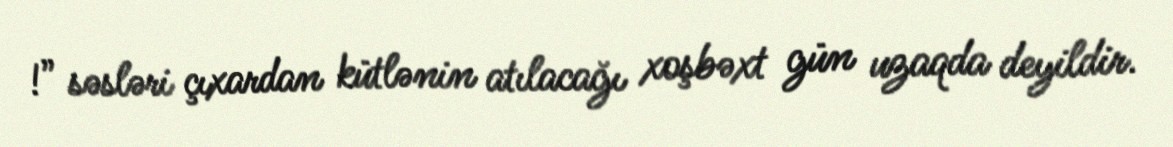
!” səsləri çıxardan kütlənin atılacağı xoşbəxt gün uzaqda deyildir.